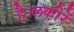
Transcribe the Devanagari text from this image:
है।लकीरें